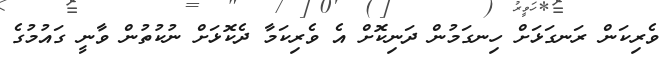
ވެރިކަން ރަނގަޅަށް ހިނގަމުން ދަނިކޮށް އެ ވެރިކަމާ ދެކޮޅަށް ނުކުތުން ވާނީ ގައުމުގެ